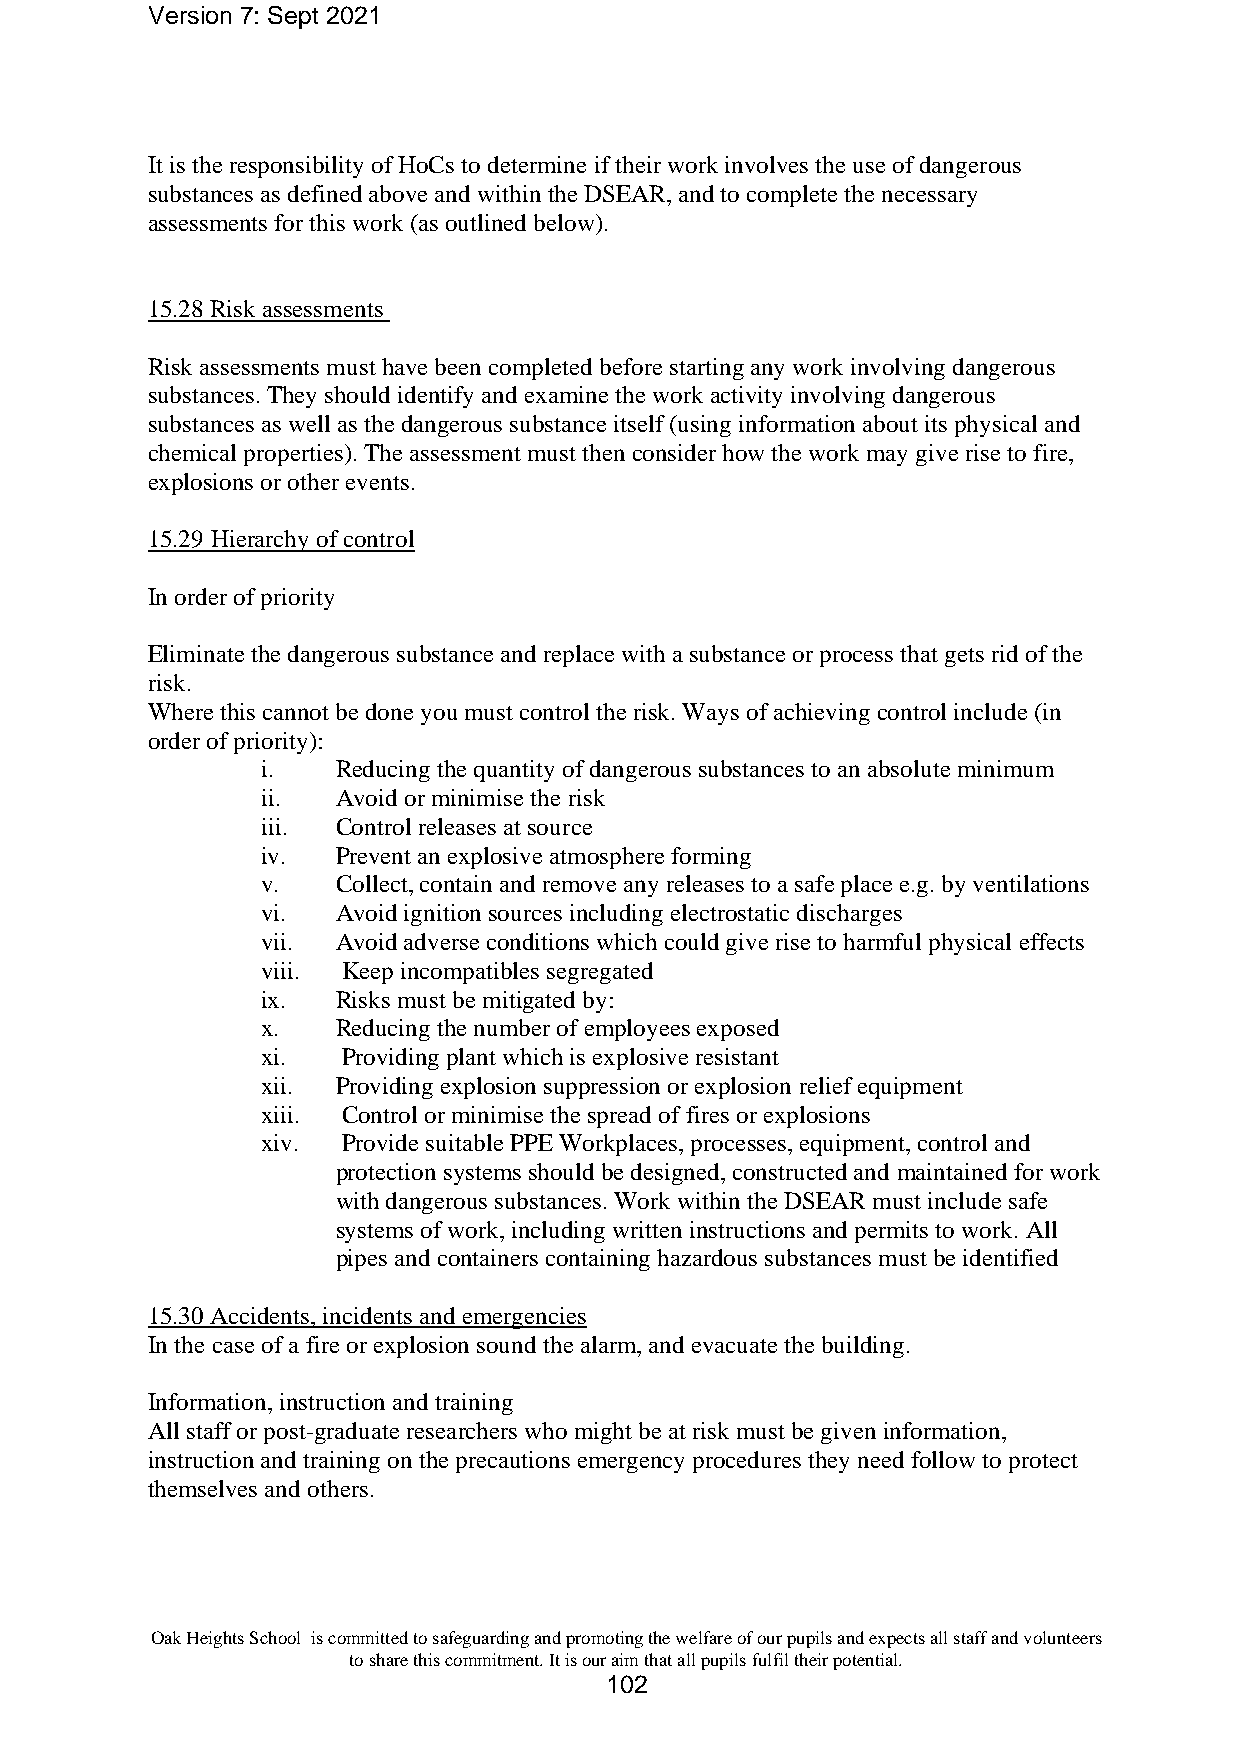
Version 7: Sept 2021
 It is the responsibility of HoCs to determine if their work involves the use of dangerous
 substances as defined above and within the DSEAR, and to complete the necessary
 assessments for this work (as outlined below).
 15.28 Risk assessments
 Risk assessments must have been completed before starting any work involving dangerous
 substances. They should identify and examine the work activity involving dangerous
 substances as well as the dangerous substance itself (using information about its physical and
 chemical properties). The assessment must then consider how the work may give rise to fire,
 explosions or other events.
 15.29 Hierarchy of control
 In order of priority
 Eliminate the dangerous substance and replace with a substance or process that gets rid of the
 risk.
 Where this cannot be done you must control the risk. Ways of achieving control include (in
 order of priority):
 i.   Reducing the quantity of dangerous substances to an absolute minimum
 ii.  Avoid or minimise the risk
 iii. Control releases at source
 iv.  Prevent an explosive atmosphere forming
 v.   Collect, contain and remove any releases to a safe place e.g. by ventilations
 vi.  Avoid ignition sources including electrostatic discharges
 vii. Avoid adverse conditions which could give rise to harmful physical effects
 viii. Keep incompatibles segregated
 ix.  Risks must be mitigated by:
 x.   Reducing the number of employees exposed
 xi.   Providing plant which is explosive resistant
 xii. Providing explosion suppression or explosion relief equipment
 xiii. Control or minimise the spread of fires or explosions
 xiv.  Provide suitable PPE Workplaces, processes, equipment, control and
 protection systems should be designed, constructed and maintained for work
 with dangerous substances. Work within the DSEAR must include safe
 systems of work, including written instructions and permits to work. All
 pipes and containers containing hazardous substances must be identified
 15.30 Accidents, incidents and emergencies
 In the case of a fire or explosion sound the alarm, and evacuate the building.
 Information, instruction and training
 All staff or post-graduate researchers who might be at risk must be given information,
 instruction and training on the precautions emergency procedures they need follow to protect
 themselves and others.
 Oak Heights School is committed to safeguarding and promoting the welfare of our pupils and expects all staff and volunteers
 to share this commitment. It is our aim that all pupils fulfil their potential.
 102